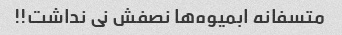
متسفانه ابمیوه‌ها نصفش نی نداشت!!